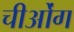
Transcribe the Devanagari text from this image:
चीओंग